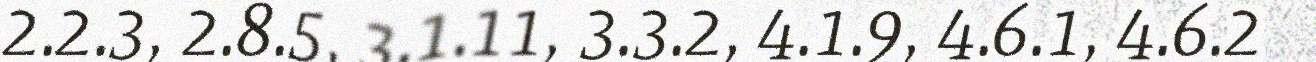
2.2.3, 2.8.5, 3.1.11, 3.3.2, 4.1.9, 4.6.1, 4.6.2